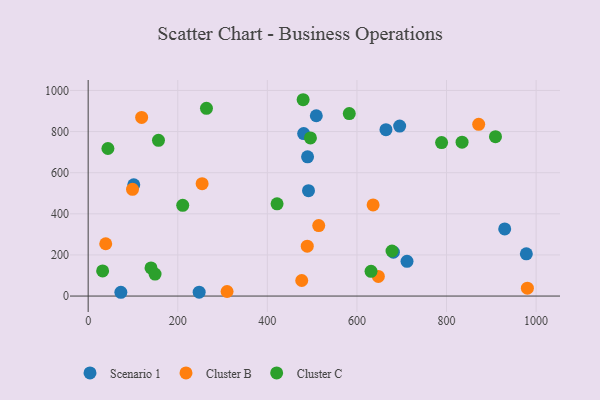
{"axis": {"x": "Speed", "y": "Exam Score"}, "legend": ["Cluster B", "Cluster C", "Scenario 1"], "data": [{"x": "664.8", "y": 809.1, "type": "Scenario 1"}, {"x": "491.9", "y": 512.6, "type": "Scenario 1"}, {"x": "489.8", "y": 677.2, "type": "Scenario 1"}, {"x": "978.2", "y": 205.5, "type": "Scenario 1"}, {"x": "247.8", "y": 18.7, "type": "Scenario 1"}, {"x": "929.9", "y": 326.5, "type": "Scenario 1"}, {"x": "73.0", "y": 18.4, "type": "Scenario 1"}, {"x": "481.1", "y": 790.2, "type": "Scenario 1"}, {"x": "509.3", "y": 876.9, "type": "Scenario 1"}, {"x": "101.8", "y": 540.9, "type": "Scenario 1"}, {"x": "681.4", "y": 213.3, "type": "Scenario 1"}, {"x": "695.4", "y": 826.8, "type": "Scenario 1"}, {"x": "711.8", "y": 169.0, "type": "Scenario 1"}, {"x": "99.0", "y": 519.1, "type": "Cluster B"}, {"x": "647.8", "y": 95.6, "type": "Cluster B"}, {"x": "39.2", "y": 254.5, "type": "Cluster B"}, {"x": "980.5", "y": 38.1, "type": "Cluster B"}, {"x": "476.8", "y": 75.7, "type": "Cluster B"}, {"x": "636.1", "y": 443.3, "type": "Cluster B"}, {"x": "119.4", "y": 868.7, "type": "Cluster B"}, {"x": "489.1", "y": 242.6, "type": "Cluster B"}, {"x": "254.4", "y": 546.7, "type": "Cluster B"}, {"x": "871.8", "y": 835.2, "type": "Cluster B"}, {"x": "310.1", "y": 22.2, "type": "Cluster B"}, {"x": "514.7", "y": 343.0, "type": "Cluster B"}, {"x": "479.9", "y": 954.9, "type": "Cluster C"}, {"x": "496.2", "y": 769.1, "type": "Cluster C"}, {"x": "631.5", "y": 120.1, "type": "Cluster C"}, {"x": "157.0", "y": 757.2, "type": "Cluster C"}, {"x": "421.7", "y": 448.4, "type": "Cluster C"}, {"x": "140.3", "y": 136.6, "type": "Cluster C"}, {"x": "32.3", "y": 122.4, "type": "Cluster C"}, {"x": "149.3", "y": 106.9, "type": "Cluster C"}, {"x": "582.9", "y": 887.4, "type": "Cluster C"}, {"x": "678.3", "y": 219.1, "type": "Cluster C"}, {"x": "789.0", "y": 746.3, "type": "Cluster C"}, {"x": "44.1", "y": 717.6, "type": "Cluster C"}, {"x": "211.1", "y": 441.5, "type": "Cluster C"}, {"x": "264.1", "y": 913.1, "type": "Cluster C"}, {"x": "834.7", "y": 748.3, "type": "Cluster C"}, {"x": "909.3", "y": 775.2, "type": "Cluster C"}]}